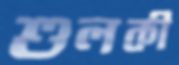
শুলকী